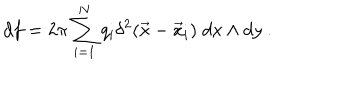
LaTeX: d f = 2 \pi \sum _ { i = 1 } ^ { N } q _ { i } \delta ^ { 2 } ( \vec { x } - \vec { x } _ { i } ) \; d x \wedge d y ~ .